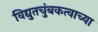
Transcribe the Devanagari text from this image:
विद्युतचुंबकत्वाच्या